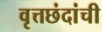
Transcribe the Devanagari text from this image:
वृत्तछंदांची